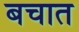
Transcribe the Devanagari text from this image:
बचात